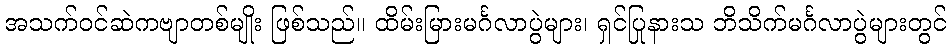
အသက်ဝင်ဆဲကဗျာတစ်မျိုး ဖြစ်သည်။ ထိမ်းမြားမင်္ဂလာပွဲများ၊ ရှင်ပြုနားသ ဘိသိက်မင်္ဂလာပွဲများတွင်